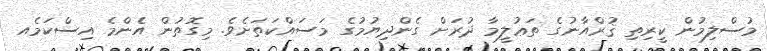
މުސްލިމުން ކީރިތި ޤުރްއާނުގެ ތަޢުލީމާ ދުރަށް ގެންދިޔުމުގެ މަސައްކަތަށެވެ. މިގޮތުން އެންމެ އިސްކަމެއ